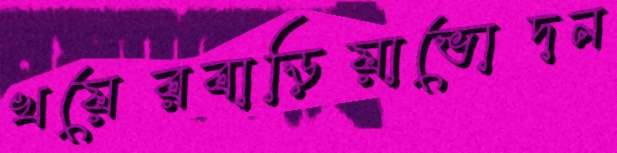
খয়েরবাড়িয়াভোদন